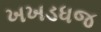
ખખડધજ